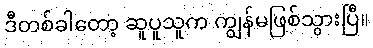
ဒီတစ်ခါတော့ ဆူပူသူက ကျွန်မဖြစ်သွားပြီ။